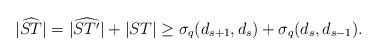
LaTeX: \begin{align*}|\widehat{ST}|=|\widehat{ST'}|+|ST|\geq \sigma_q(d_{s+1},d_s)+\sigma_q(d_s,d_{s-1}).\end{align*}